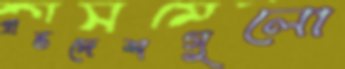
প্রান্তদেশগুলো